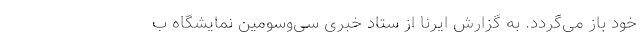
خود باز می‌گردد. به گزارش ایرنا از ستاد خبری سی‌وسومین نمایشگاه ب